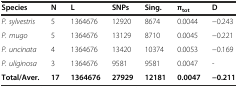
<table><thead><tr><td><b>Species</b></td><td><b>N</b></td><td><b>L</b></td><td><b>SNPs</b></td><td><b>Sing.</b></td><td><b>π<sub>tot</sub></b></td><td><b>D</b></td></tr></thead><tbody><tr><td><i>P. sylvestris</i></td><td>5</td><td>1364676</td><td>12920</td><td>8674</td><td>0.0044</td><td>−0.243</td></tr><tr><td><i>P. mugo</i></td><td>5</td><td>1364676</td><td>13129</td><td>8710</td><td>0.0045</td><td>−0.221</td></tr><tr><td><i>P. uncinata</i></td><td>4</td><td>1364676</td><td>13420</td><td>10374</td><td>0.0053</td><td>−0.169</td></tr><tr><td><i>P. uliginosa</i></td><td>3</td><td>1364676</td><td>9581</td><td>9581</td><td>0.0047</td><td>-</td></tr><tr><td><b>Total/Aver.</b></td><td><b>17</b></td><td><b>1364676</b></td><td><b>27929</b></td><td><b>12181</b></td><td><b>0.0047</b></td><td><b>−0.211</b></td></tr></tbody></table>